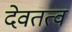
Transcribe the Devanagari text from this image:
देवतत्व